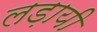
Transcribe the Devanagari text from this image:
लड़ायी